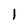
Character: 1